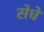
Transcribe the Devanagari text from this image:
सेधे